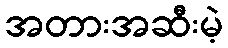
အတားအဆီးမဲ့